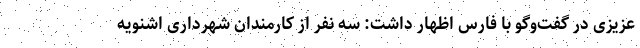
عزیزی در گفت‌وگو با فارس اظهار داشت: سه نفر از کارمندان شهرداری اشنویه